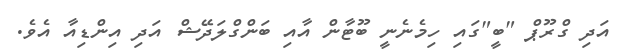
އަދި ގްރޫޕް "ބީ"ގައި ހިމެނެނީ ބޫޓާން އާއި ބަންގްލަދޭޝް އަދި އިންޑިއާ އެވެ.